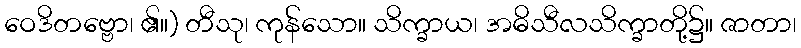
ဝေဒိတဗ္ဗော၊ ၏။) တီသု၊ ကုန်သော။ သိက္ခာယ၊ အဓိသီလသိက္ခာတို့၌။ ဇာတာ၊